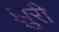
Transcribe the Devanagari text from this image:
झुरी